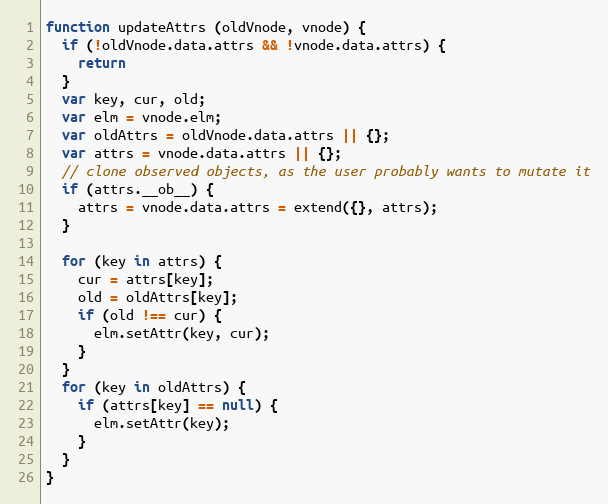
Language: JavaScript
function updateAttrs (oldVnode, vnode) {
  if (!oldVnode.data.attrs && !vnode.data.attrs) {
    return
  }
  var key, cur, old;
  var elm = vnode.elm;
  var oldAttrs = oldVnode.data.attrs || {};
  var attrs = vnode.data.attrs || {};
  // clone observed objects, as the user probably wants to mutate it
  if (attrs.__ob__) {
    attrs = vnode.data.attrs = extend({}, attrs);
  }

  for (key in attrs) {
    cur = attrs[key];
    old = oldAttrs[key];
    if (old !== cur) {
      elm.setAttr(key, cur);
    }
  }
  for (key in oldAttrs) {
    if (attrs[key] == null) {
      elm.setAttr(key);
    }
  }
}